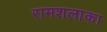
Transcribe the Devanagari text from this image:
रामशलाका